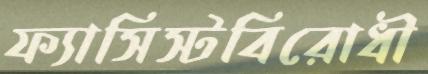
ফ্যাসিস্টবিরোধী